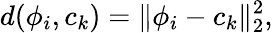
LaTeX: d(\phi_{i},c_{k})=\lVert\phi_{i}-c_{k}\rVert_{2}^{2},